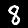
Label: 8